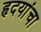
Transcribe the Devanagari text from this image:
हृदयांचा